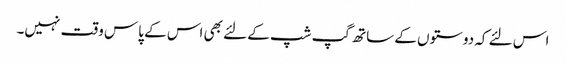
اس لئے کہ دوستوں کے ساتھ گپ شپ کے لئے بھی اس کے پاس وقت نہیں۔